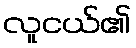
လူငယ်၏